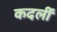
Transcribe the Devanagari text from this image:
कदलीं